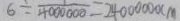
6 \div \frac { 1 } { 4 0 0 0 0 0 0 } = 2 4 0 0 0 0 0 0 c m